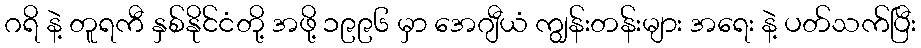
ဂရိ နဲ့ တူရကီ နှစ်နိုင်ငံတို့ အဖို့ ၁၉၉၆ မှာ အေဂျီယံ ကျွန်းတန်းများ အရေး နဲ့ ပတ်သက်ပြီး